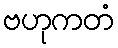
ဗဟုကတံ